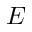
E